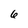
Character: 6